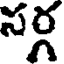
సర్గ